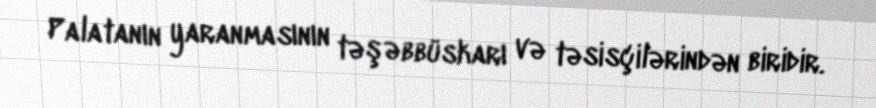
Palatanın yaranmasının təşəbbüskarı və təsisçilərindən biridir.